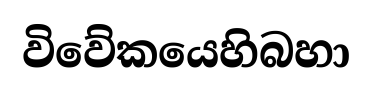
විවේකයෙහිබහා